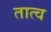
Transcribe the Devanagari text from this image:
तात्व